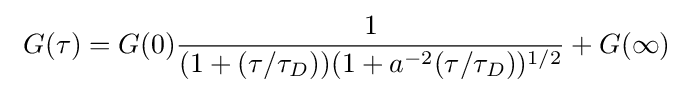
\ G(\tau )=G(0){\frac {1}{(1+(\tau /\tau _{D}))(1+a^{-2}(\tau /\tau _{D}))^{1/2}}}+G(\infty )